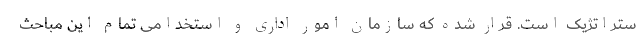
ستراتژیک است. قرار شده که سازمان امور اداری و استخدامی تمام این مباحث